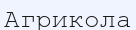
Агрикола